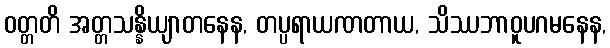
ဝတ္တတိ အတ္တသန္နိယျာတနေန, တပ္ပရာယဏတာယ, သိဿဘာဝူပဂမနေန,